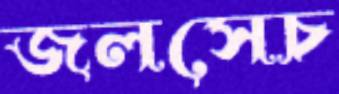
জলসেচ